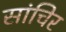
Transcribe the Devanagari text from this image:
सांचिर